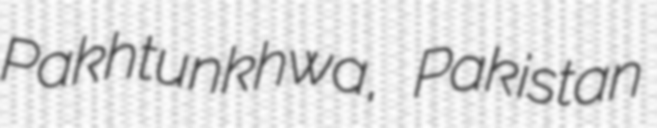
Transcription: Pakhtunkhwa, Pakistan